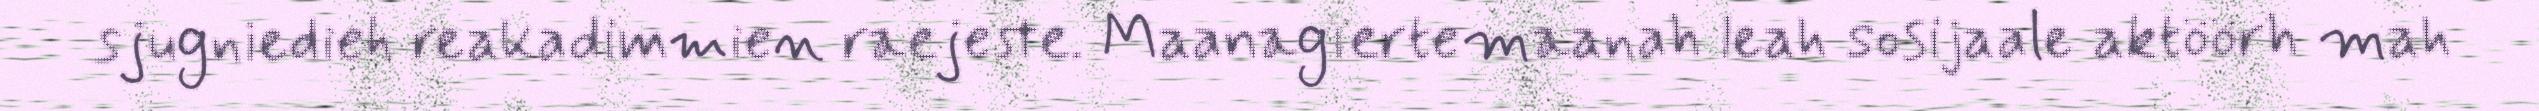
sjugniedieh reakadimmien raejeste. Maanagïertemaanah leah sosijaale aktöörh mah